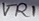
Text: VR1